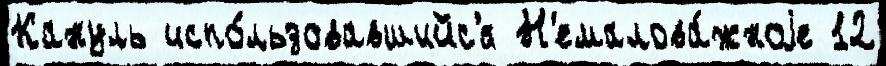
Кануль испо́льзовавшийс'я Н'емалова́жноjе 12